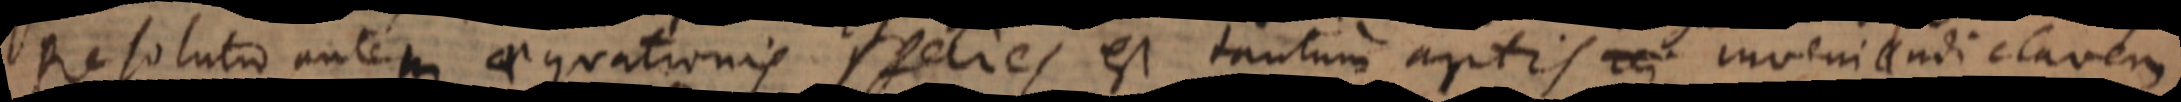
Resolutio autem aequationis species est tantum artis inveniendi clavem